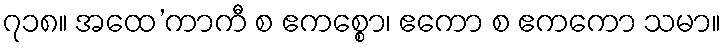
၇၁၈။ အထေ’ကာကီ စ ဧကစ္စော၊ ဧကော စ ဧကကော သမာ။